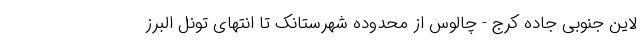
لاین جنوبی جاده کرج - چالوس از محدوده شهرستانک تا انتهای تونل البرز